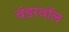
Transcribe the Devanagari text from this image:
वंडरवॉल